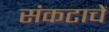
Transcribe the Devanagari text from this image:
संकटाचें